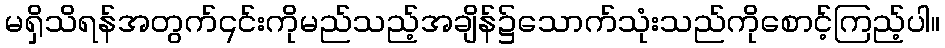
မရှိသိရန်အတွက်၎င်းကိုမည်သည့်အချိန်၌သောက်သုံးသည်ကိုစောင့်ကြည့်ပါ။